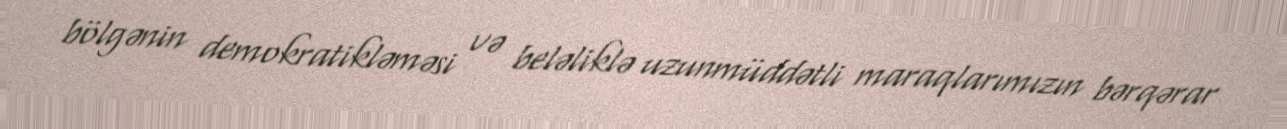
bölgənin demokratikləməsi və beləliklə uzunmüddətli maraqlarımızın bərqərar